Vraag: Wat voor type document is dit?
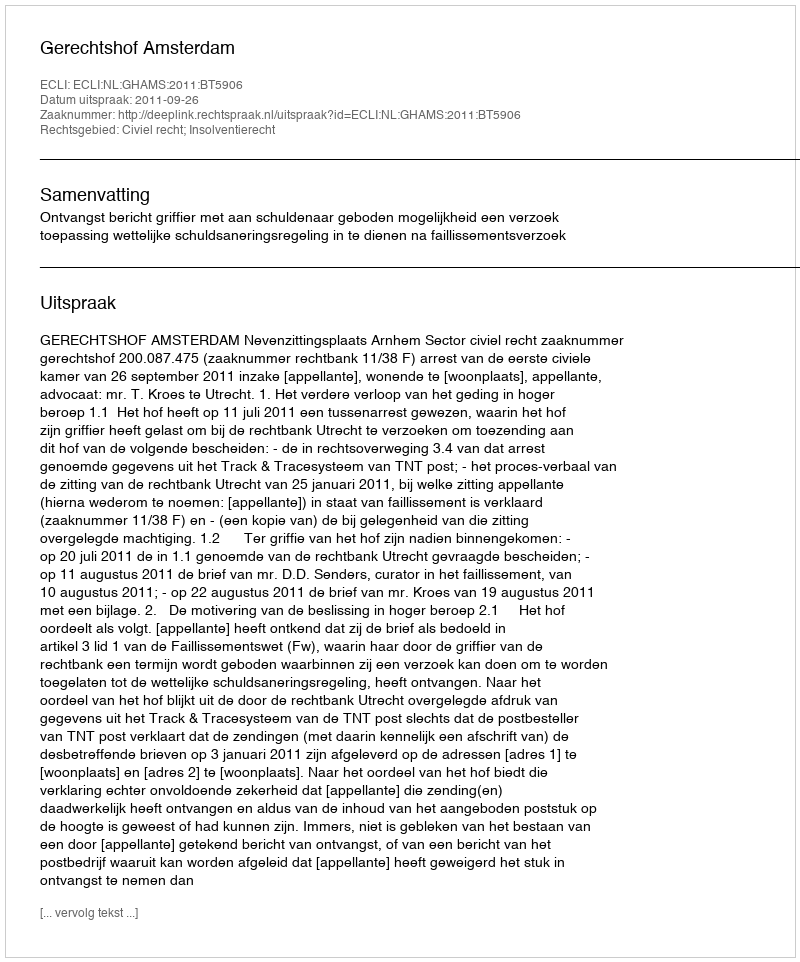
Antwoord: Uitspraak